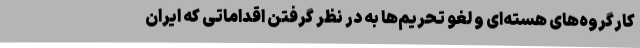
کارگروه‌های هسته‌ای و لغو تحریم‌ها به در نظر گرفتن اقداماتی که ایران